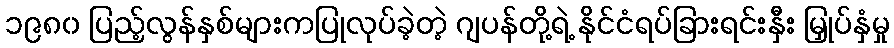
၁၉၈၀ ပြည့်လွန်နှစ်များကပြုလုပ်ခဲ့တဲ့ ဂျပန်တို့ရဲ့ နိုင်ငံရပ်ခြားရင်းနှီး မြှုပ်နှံမှု